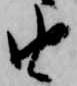
由